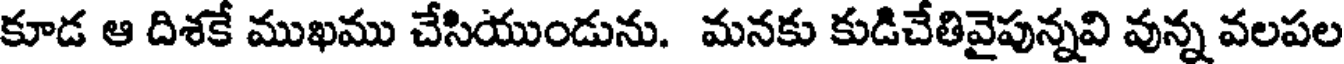
కూడ ఆ దిశకే ముఖము చేసియుండును. మనకు కుడిచేతివైపున్నవి వున్న వలపల